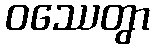
ဝဿေတွာ